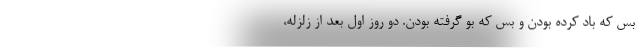
بس كه باد كرده بودن و بس كه بو گرفته بودن. دو روز اول بعد از زلزله،